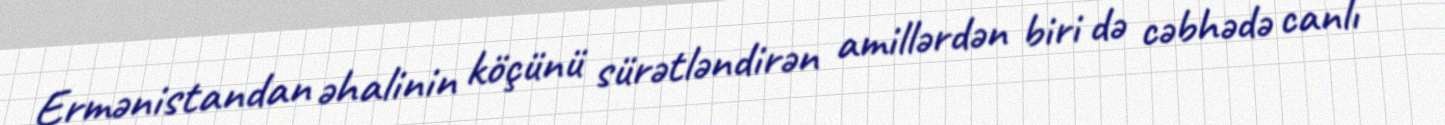
Ermənistandan əhalinin köçünü sürətləndirən amillərdən biri də cəbhədə canlı